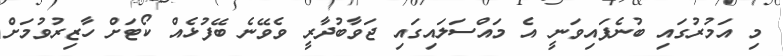
މި އަމުރުގައި ބުނެފައިވަނީ އެ މައްސަލައިގައި ޖަވާބުދާރީ ވެވޭނެ ބޭފުޅެއް ކޯޓަށް ހާޒިރުވުމަށް